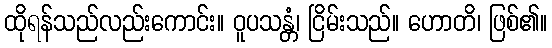
ထိုရန်သည်လည်းကောင်း။ ဝူပသန္တံ၊ ငြိမ်းသည်။ ဟောတိ၊ ဖြစ်၏။